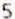
5